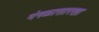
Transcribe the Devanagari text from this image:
मंगळासारखा